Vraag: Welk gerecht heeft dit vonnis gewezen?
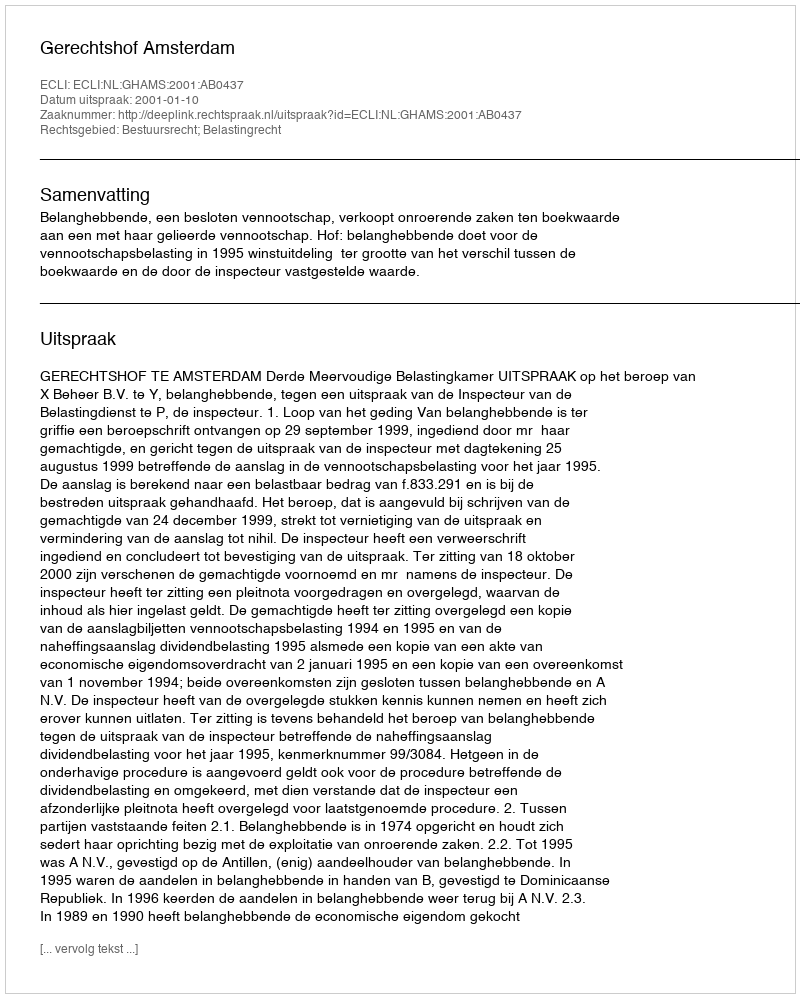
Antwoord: Gerechtshof Amsterdam